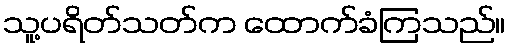
သူ့ပရိတ်သတ်က ထောက်ခံကြသည်။